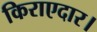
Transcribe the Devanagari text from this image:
किराएदार।